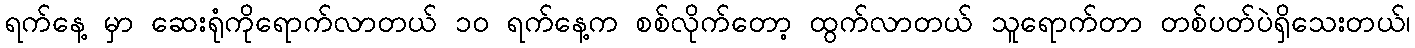
ရက်နေ့ မှာ ဆေးရုံကိုရောက်လာတယ် ၁၀ ရက်နေ့က စစ်လိုက်တော့ ထွက်လာတယ် သူရောက်တာ တစ်ပတ်ပဲရှိသေးတယ်၊